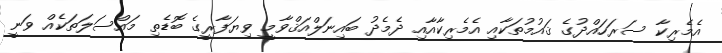
އެމެރިކާ ސަރަހައްދުގެ ޤައުމުތަކާއި އެމެރިކާއާއި ދެެމެދު ބައިނަލްއަޤްވާމީ ވިޔަފާރީގެ ބޮޑެތި މައްސަލަތަކެއް ވަނީ